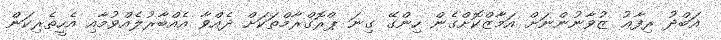
އަބްދު ރިފާޢު ޒުވާނުންނަށް އަމާޒްކޮށްގެން ހިންގޭ ގިނަ ޕްރޮގްރާމްތަކަށް ދެއްވާ އެއްބާރުލެއްވުމާއި އެހީތެރިކަން